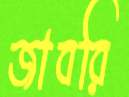
জাবরি